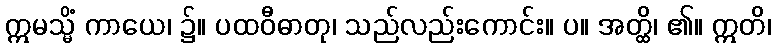
ဣမသ္မိံ ကာယေ၊ ၌။ ပထဝီဓာတု၊ သည်လည်းကောင်း။ ပ။ အတ္ထိ၊ ၏။ ဣတိ၊